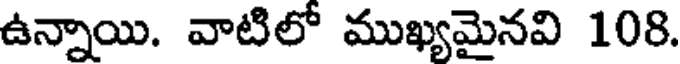
ఉన్నాయి. వాటిలో ముఖ్యమైనవి 108.